65_HS1-834228961_62-HQ-83894_SUB_A
Agency: FBI
Page 43
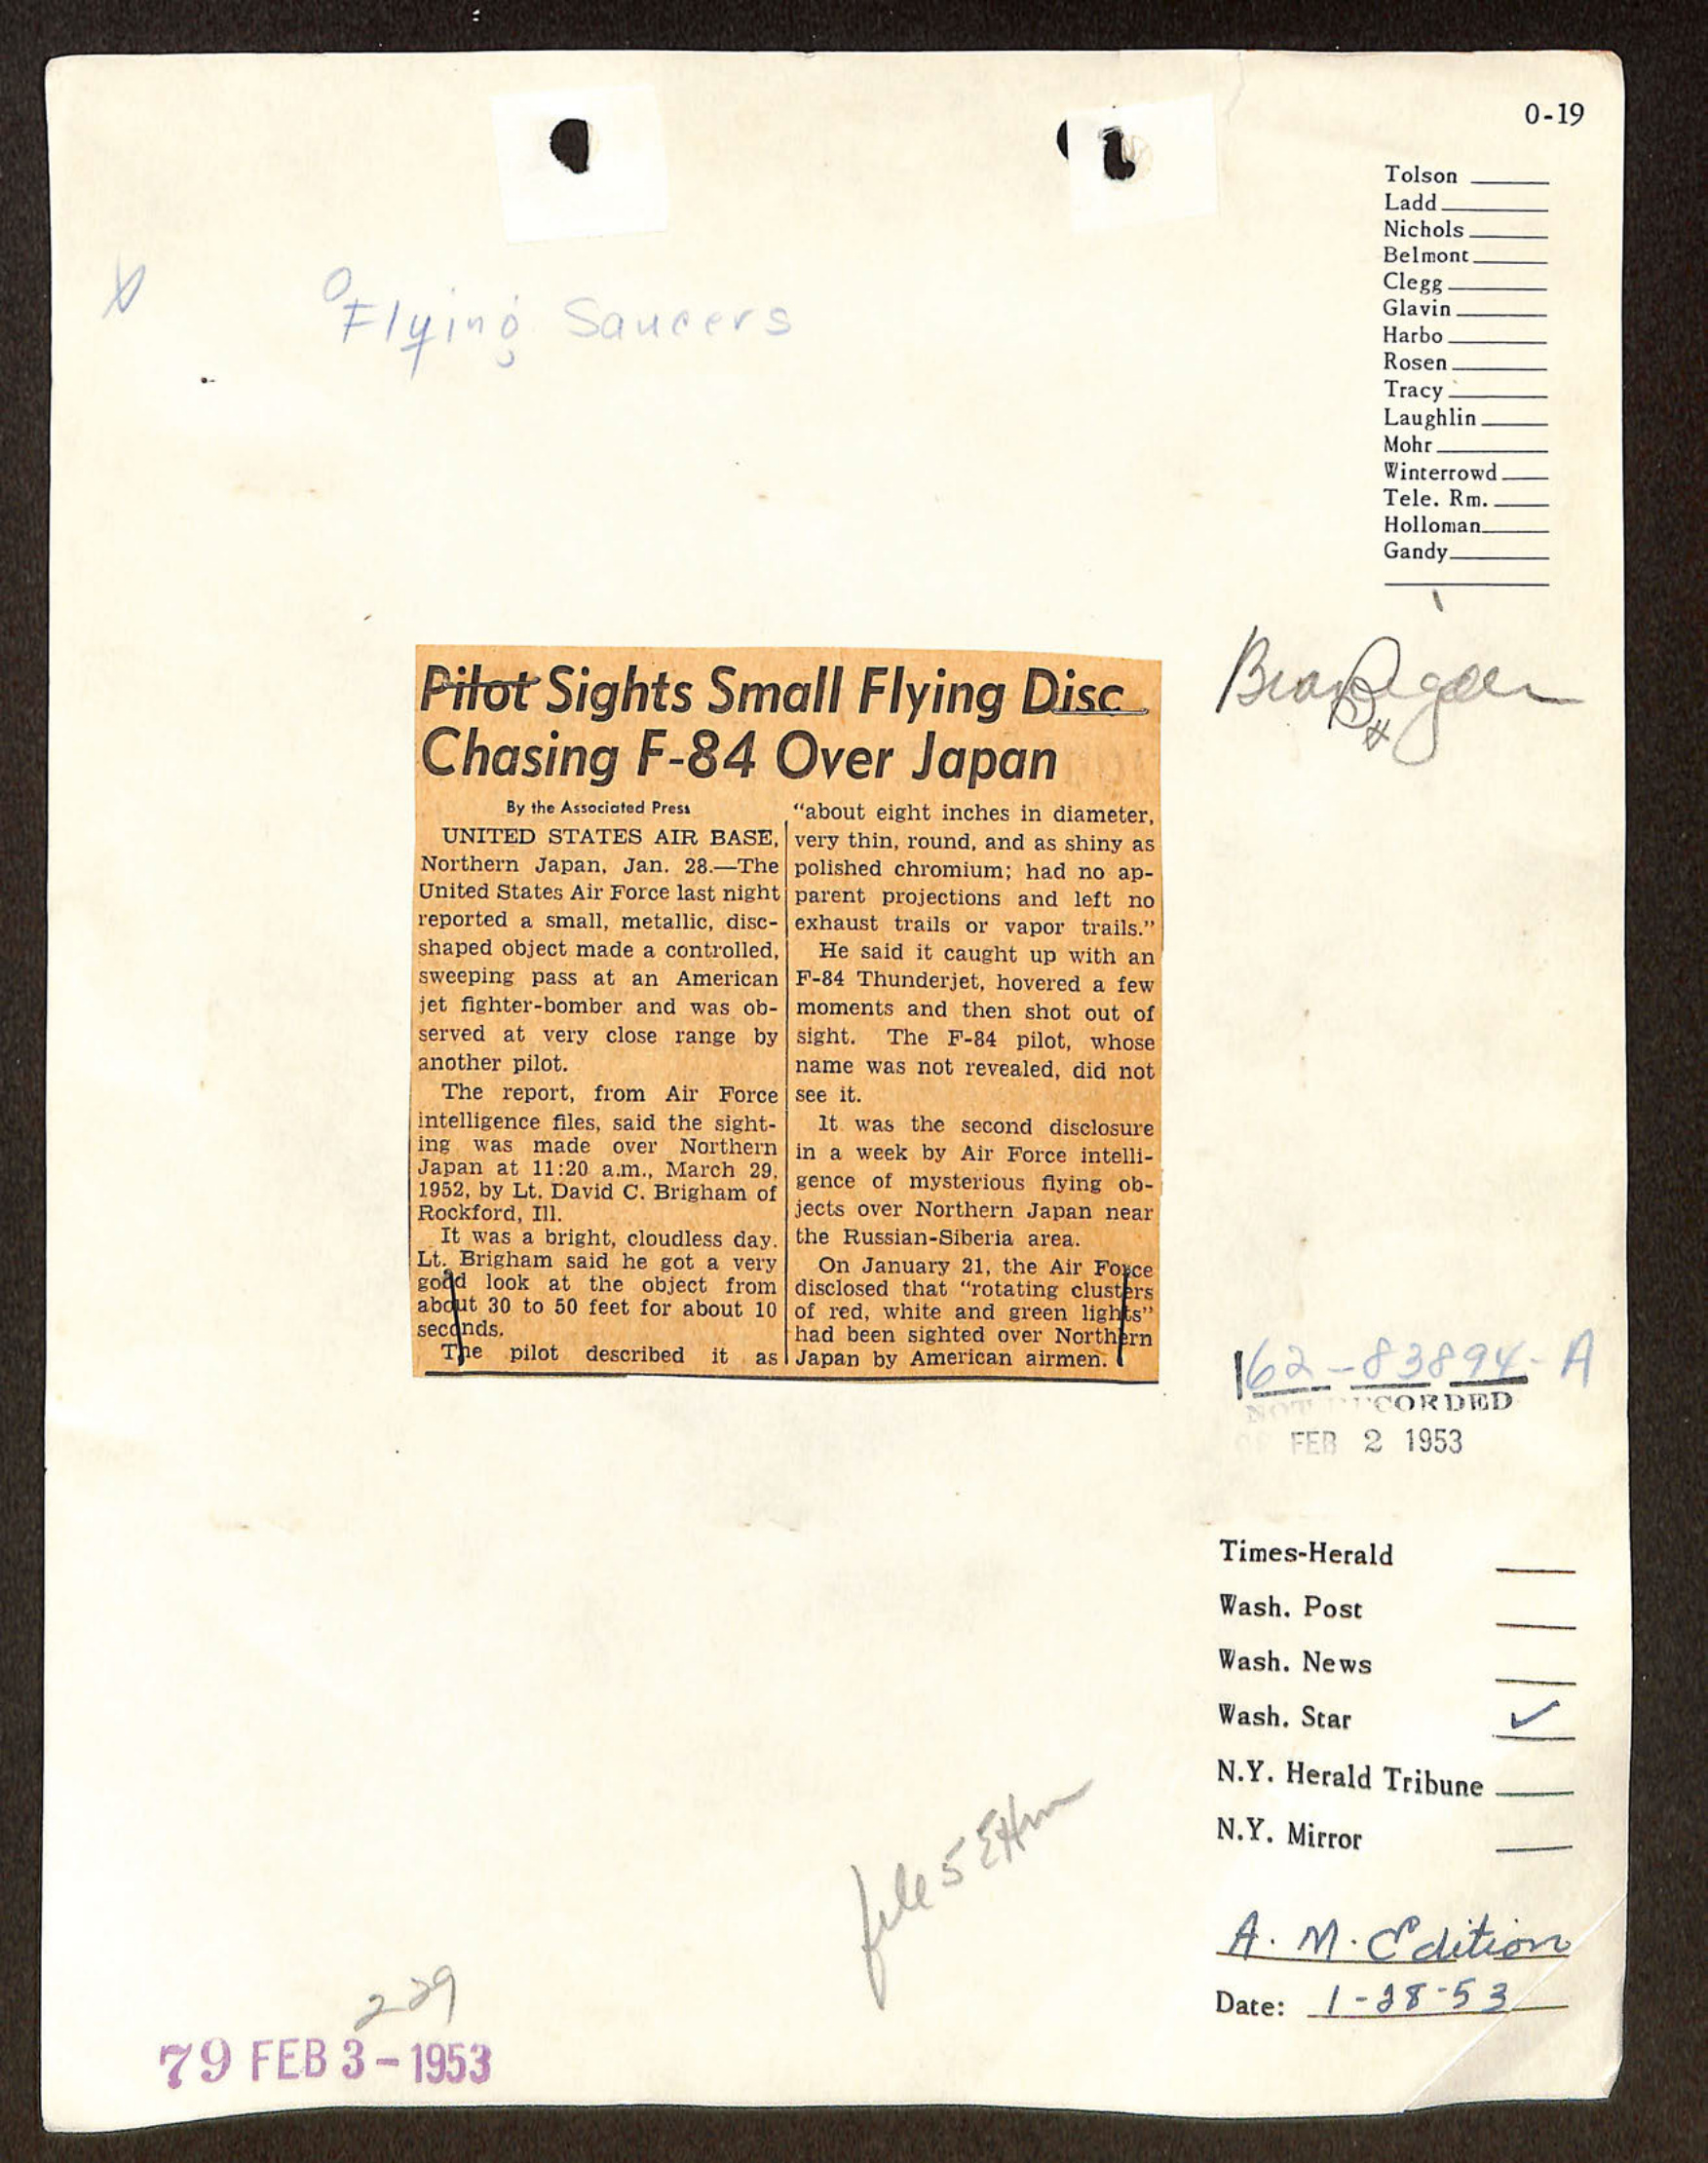